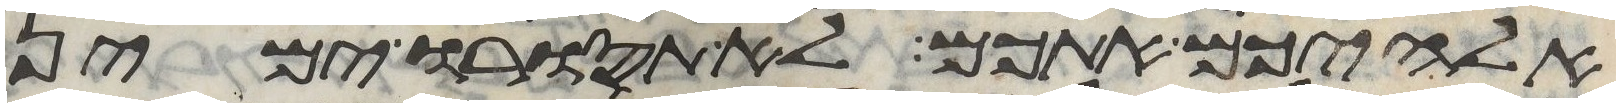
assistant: אלהיכם אתכם לא תסורו ימין